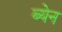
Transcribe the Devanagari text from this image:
ब्येन